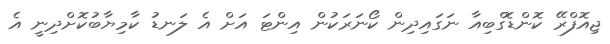
ޖިއޮފްރޭ ކޮންޑޮގްބިއާ ނަގައިދިން ކޯނަރަކުން އިންޓަ އަށް އެ ލަނޑު ކާމިޔާބުކޮށްދިނީ އެ